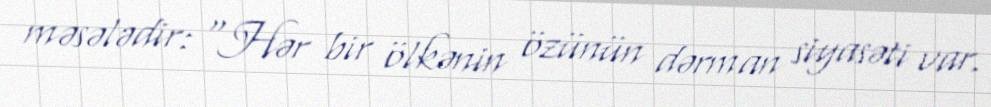
məsələdir: “Hər bir ölkənin özünün dərman siyasəti var.